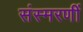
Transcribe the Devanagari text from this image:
संस्मरणीं